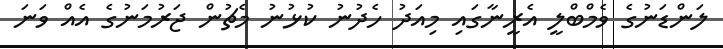
ލަންޑަނުގެ ވެމްބްލީ އެރީނާގައި މިއަދު ހެދުނު ކުޅުނު މެޗުން ޖަރުމަނުގެ އެއް ވަނަ